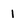
Character: 1